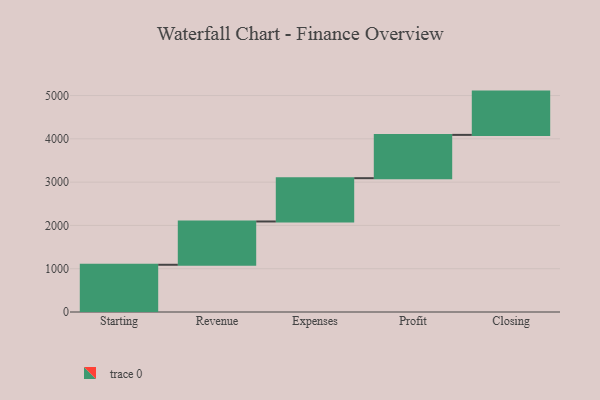
{"axis": {"x": "Step", "y": "Value"}, "legend": [""], "data": [{"x": "Starting", "y": 1091.0, "type": ""}, {"x": "Revenue", "y": 1000, "type": ""}, {"x": "Expenses", "y": 1000, "type": ""}, {"x": "Profit", "y": 1000, "type": ""}, {"x": "Closing", "y": 1000, "type": ""}]}